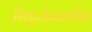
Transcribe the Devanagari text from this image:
विट्टजेनस्टीन